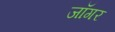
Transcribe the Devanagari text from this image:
जॉगर